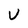
Character: U